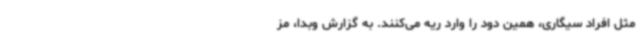
مثل افراد سیگاری، همین دود را وارد ریه می‌کنند. به گزارش وبدا، مز